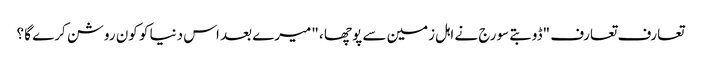
تعارف تعارف "ڈوبتے سورج نے اہل زمین سے پوچھا ، "میرے بعد اس دنیا کو کون روشن کرے گا ؟